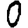
Digit: 0